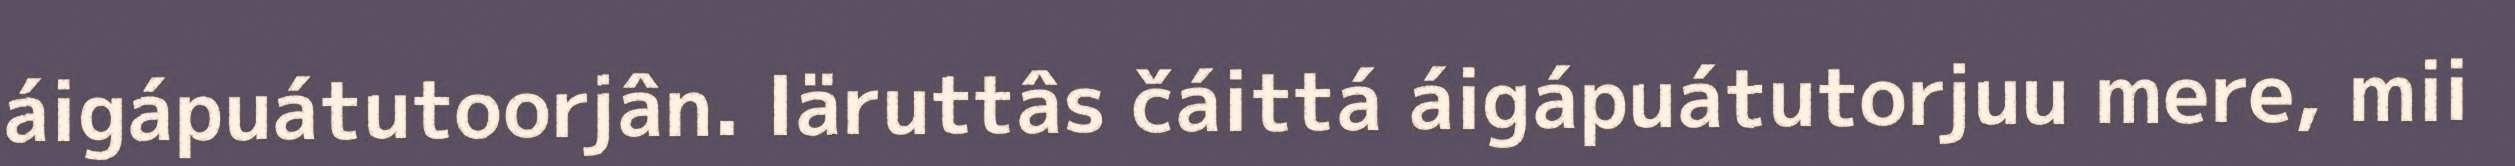
áigápuátutoorjân. Iäruttâs čáittá áigápuátutorjuu mere, mii